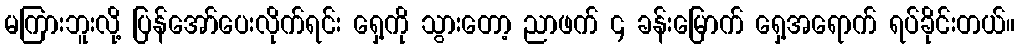
မကြားဘူးလို့ ပြန်အော်ပေးလိုက်ရင်း ရှေ့ကို သွားတော့ ညာဖက် ၄ ခန်းမြောက် ရှေ့အရောက် ရပ်ခိုင်းတယ်။